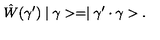
\hat { W } ( \gamma ^ { \prime } ) \mid \gamma > = \mid \gamma ^ { \prime } \cdot \gamma > .